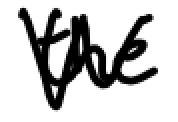
Text: the
Cross-out: zig-zag
Writing tool: digital_black